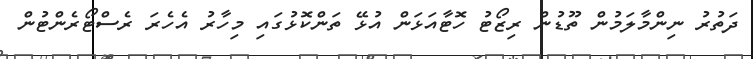
ދަތުރު ނިންމާލަމުން ތޫޑުން ރިޒޯޓު ހޮޓާއަޅަން އުޅޭ ތަންކޮޅުގައި މިހާރު އެހެރަ ރެސްޓޯރެންޓުން